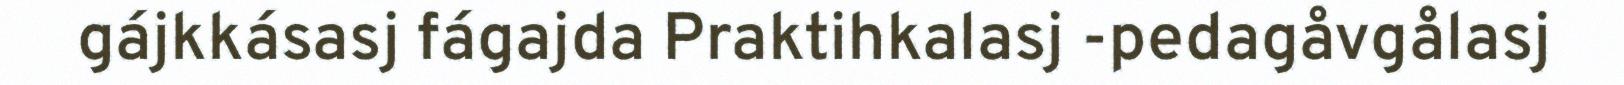
gájkkásasj fágajda Praktihkalasj -pedagåvgålasj